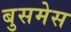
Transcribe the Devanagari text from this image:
बुसमेस